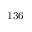
^ \mathrm { 1 3 6 }